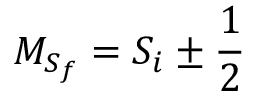
{ M } _ { { S } _ { f } } = { S } _ { i } \pm \frac { 1 } { 2 }